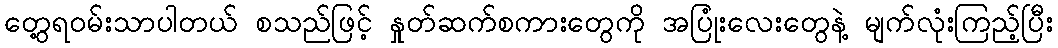
တွေ့ရဝမ်းသာပါတယ် စသည်ဖြင့် နှုတ်ဆက်စကားတွေကို အပြုံးလေးတွေနဲ့ မျက်လုံးကြည့်ပြီး